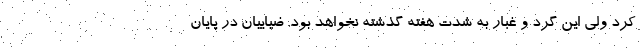
کرد ولی این گرد و غبار به شدت هفته گذشته نخواهد بود. ضیاییان در پایان